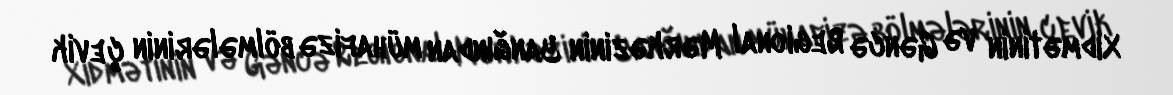
Xidmətinin və Gəncə Regional Mərkəzinin Yanğından mühafizə bölmələrinin çevik